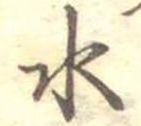
水